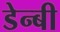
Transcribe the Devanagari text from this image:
डेन्‍बी